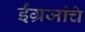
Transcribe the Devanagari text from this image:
ईंग्रजांचे